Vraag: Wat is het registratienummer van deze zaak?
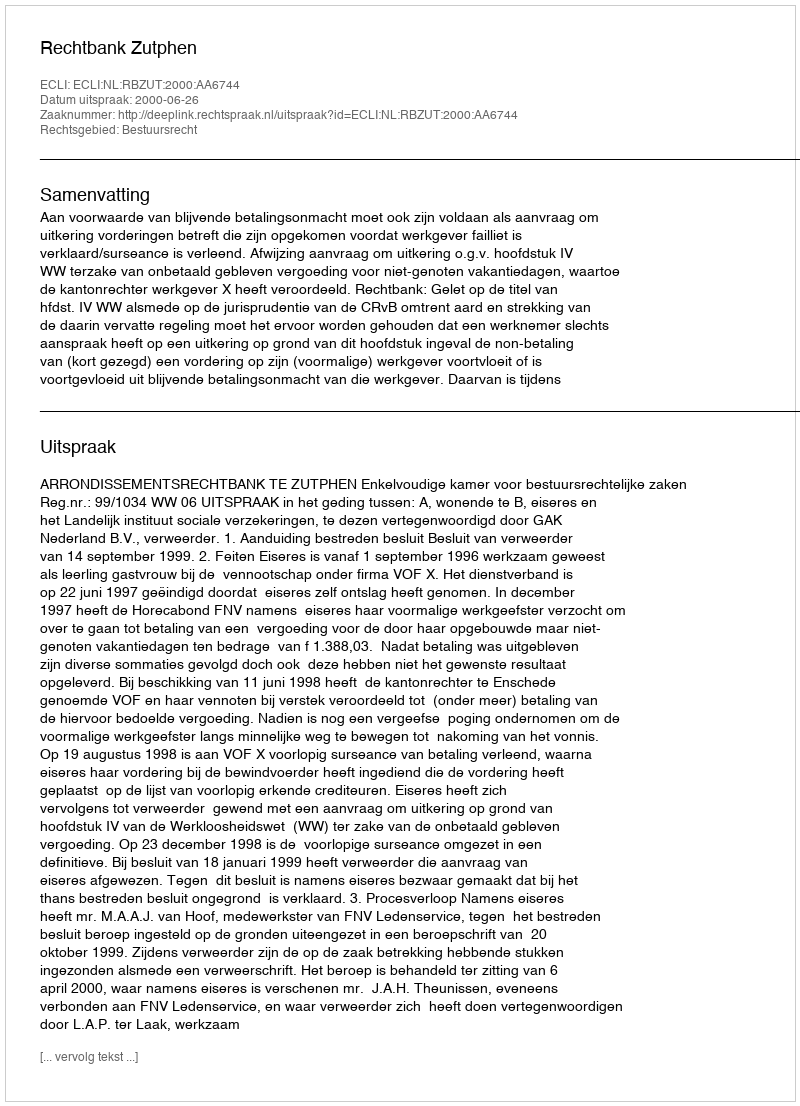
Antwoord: http://deeplink.rechtspraak.nl/uitspraak?id=ECLI:NL:RBZUT:2000:AA6744